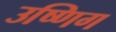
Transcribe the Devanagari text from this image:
उष्णिग